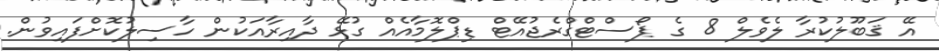
އޭ ޤަބޫލުކުރާ ލެވެލް 8 ގެ ޕޯސްޓްގްރެޖުއޭޓް ޑިޕްލޮމާއެއް ގުޅޭ ދާއިރާއަކުން ހާސިލުކޮށްފައިވުން.